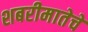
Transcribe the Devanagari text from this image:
शबरीमातेचे